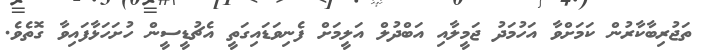
ތަޖުރިބާކާރުން ކަމަށްވާ އަހުމަދު ޖަމީލާއި އަބްދުލް އަލީމަށް ފެނިވަޑައިގަތީ އެޗުޑީސީން ހުށަހަޅާފައިވާ ގޮތެވެ.